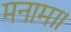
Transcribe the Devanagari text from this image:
मनामा।